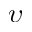
\upsilon